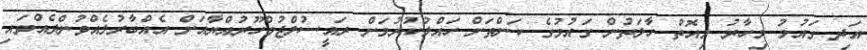
އަދި ގައުމު މިހާރު މިއޮތް ހާލަތުން ގައުމުގެ ކަންތަށް ހައްލުކުރުމަށް ރައީސުލްޖުމްހޫރުއްޔާއަށް އެއްބާރުލެއްވުންދެއްވައި